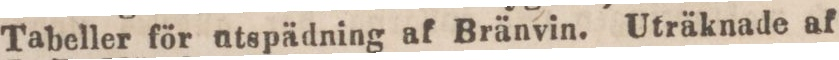
Tabeller för utspädning af Bränvin. Uträknade af